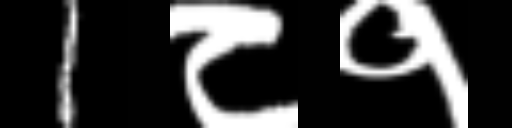
Text: 1८१